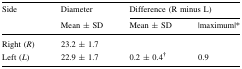
| <ROWSPAN=2> Side | Diameter | <COLSPAN=2> Difference (R minus L) |
 | Mean ± SD | Mean ± SD | |maximum|* |
 | --- | --- | --- | --- |
 | Right (R) | 23.2 ± 1.7 |  |  |
 | Left (L) | 22.9 ± 1.7 | 0.2 ± 0.4† | 0.9 |